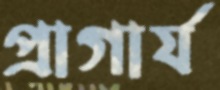
প্রাগার্য